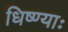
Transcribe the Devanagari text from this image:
धिष्ण्याः